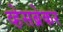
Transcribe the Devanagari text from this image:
व्हेसब्रेकर